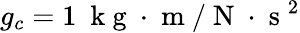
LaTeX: g_{c}=1\ \mathrm{~k~g~}\cdot\mathrm{~m~}/\mathrm{~N~}\cdot\mathrm{~s~}^{2}